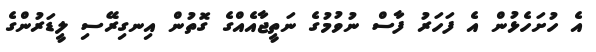
އެ ހުށަހެޅުން އެ ފަހަރު ފާސް ނުވުމުގެ ނަތީޖާއެއްގެ ގޮތުން އިނގިރޭސި ލީޑަރުންގެ